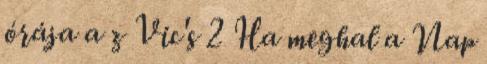
órája a z Vic's 2 Ha meghal a Nap